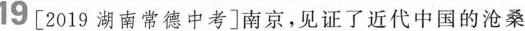
19[2019湖南常德中考]南京，见证了近代中国的沧桑